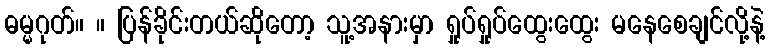
ဓမ္မဂုတ်။ ။ ပြန်ခိုင်းတယ်ဆိုတော့ သူ့အနားမှာ ရှုပ်ရှုပ်ထွေးထွေး မနေစေချင်လို့နဲ့